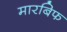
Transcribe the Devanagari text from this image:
मारबिफ